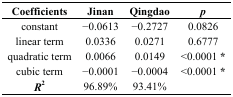
<table><thead><tr><td><b>Coefficients</b></td><td><b>Jinan</b></td><td><b>Qingdao</b></td><td><b><i>p</i></b></td></tr></thead><tbody><tr><td>constant </td><td>−0.0613</td><td>−0.2727</td><td>0.0826</td></tr><tr><td>linear term</td><td>0.0336</td><td>0.0271</td><td>0.6777</td></tr><tr><td>quadratic term</td><td>0.0066</td><td>0.0149</td><td>&lt;0.0001 <b>*</b></td></tr><tr><td>cubic term</td><td>−0.0001</td><td>−0.0004</td><td>&lt;0.0001 <b>*</b></td></tr><tr><td><b><i>R<sup>2</sup></i></b></td><td>96.89%</td><td>93.41%</td><td></td></tr></tbody></table>